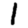
Digit: 1